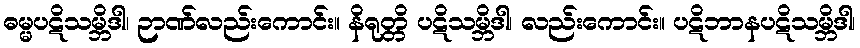
ဓမ္မပဋိသမ္ဘိဒါ၊ ဉာဏ်လည်းကောင်း။ နိရုတ္တိ ပဋိသမ္ဘိဒါ၊ လည်းကောင်း။ ပဋိဘာနပဋိသမ္ဘိဒါ၊